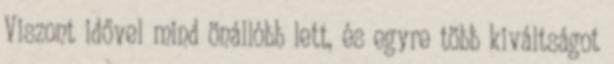
Viszont idővel mind önállóbb lett, és egyre több kiváltságot